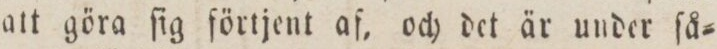
att göra ſig förtjent af, och det är under ſå=